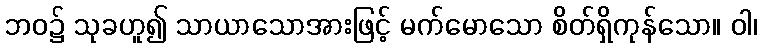
ဘဝ၌ သုခဟူ၍ သာယာသောအားဖြင့် မက်မောသော စိတ်ရှိကုန်သော။ ဝါ၊